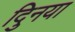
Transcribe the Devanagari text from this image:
दुिनया